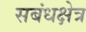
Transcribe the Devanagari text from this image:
सबंधक्षेत्र